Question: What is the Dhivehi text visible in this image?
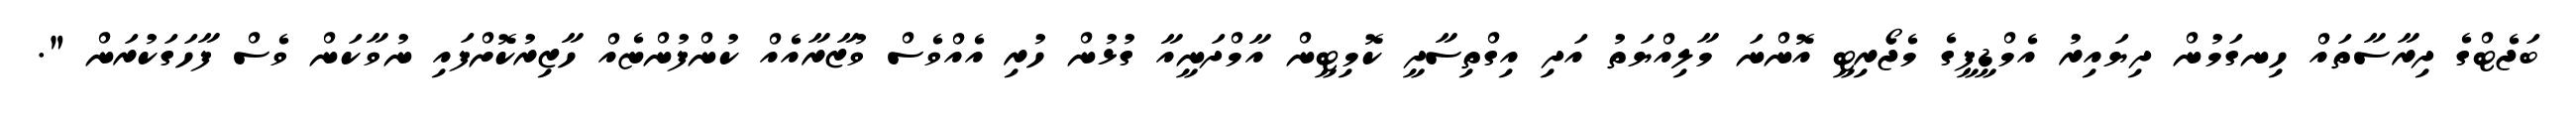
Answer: ބަޖެޓްގެ ދިރާސާތައް ހިނގަމުން ދިޔައިރު އެމްޑީޕީގެ މެޖޯރިޓީ އޮންނަ މާލިއްޔަތު އަދި އިގްތިސާދީ ކޮމިޓީން އާމްދަނީއާ ގުޅުން ހުރި އެއްވެސް ވުޒާރާއެއް ކުންފުންޏެއް ހާޒިރުކޮށްފައި ނުވާކަން ވެސް ފާހަގަކުރަން ".